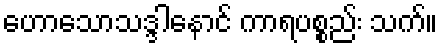
ဟောသောသဒ္ဒါနောင် ကာရပစ္စည်း သက်။